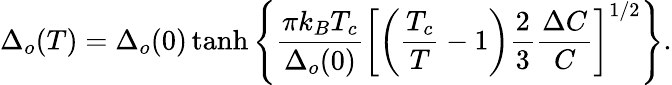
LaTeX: \Delta_{o}(T)=\Delta_{o}(0)\operatorname{tanh}\left\{ \frac{\pi k_{B}T_{c}}{\Delta_{o}(0)}\left[\left(\frac{T_{c}}{T}-1\right)\frac{2}{3}\frac{\Delta C}{C}\right]^{1/2}\right\} .